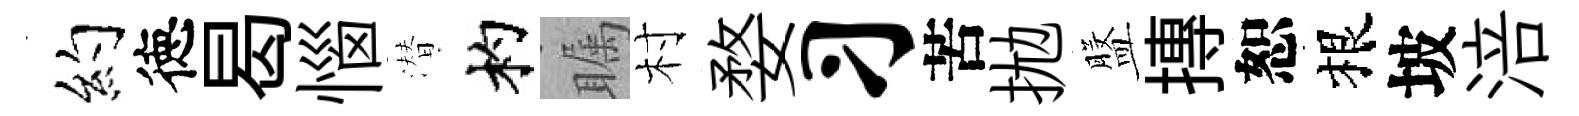
约徳曷惱潜杓瞩村婺习苦拋盤摶恕根坡涪